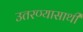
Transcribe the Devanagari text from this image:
उतरण्यासाथी